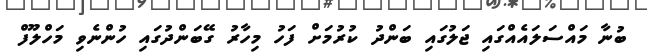
ބުނާ މައްސަލައެއްގައި ޖަލުގައި ބަންދު ކުރުމަށް ފަހު މިހާރު ގޭބަންދުގައި ހުންނެވި މަހްލޫފް